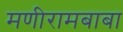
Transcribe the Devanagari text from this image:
मणीरामबाबा